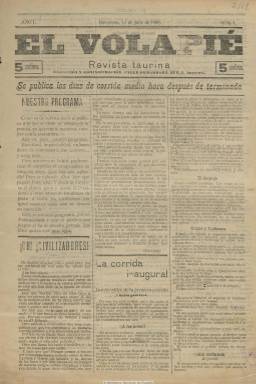
Título: El Volapié (Barcelona)
Colección: Toros
Ámbito geográfico: Barcelona
Lugar de publicación: Barcelona
Fechas: 01/07/1900-01/07/1900

La BNE dispone del primer número de esta “revista taurina”, correspondiente al uno de julio de 1900. Bajo su cabecera se indica que “se publica los días de corrida media hora después de terminada”, y en su presentación expresa que ofrecerá a sus lectores “exactitud” e “imparcialidad” en sus textos. En sus cuatro páginas aparece la crónica de la corrida inaugural de la feria taurina barcelonesa, bajo la firma Latiguillo, seudónimo que en esos años usaba el revistero taurino valenciano José Epila y Simón, autor también de una semblanza sobre Antonio Fuentes, que aparece publicada en el faldón de las dos últimas páginas. También inserta un texto bajo el seudónimo Don Lepe. Se desconoce si fueron editados más números de esta cabecera –cuyo primer número es muy raro-, que hace mención a una suerte en la estocada inventada a finales del siglo diecinueve, y que dio título también a otros dos periódicos taurinos, en Madrid y Alicante, respectivamente.